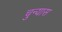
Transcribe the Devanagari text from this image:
चुन्यास